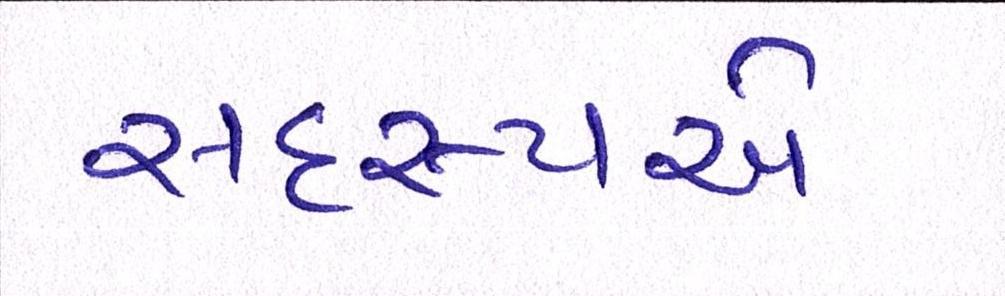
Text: સદસ્યએ